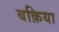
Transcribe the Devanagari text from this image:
बक़िया